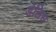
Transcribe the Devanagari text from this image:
डेलिस